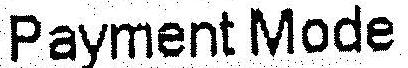
PAYMENT MODE